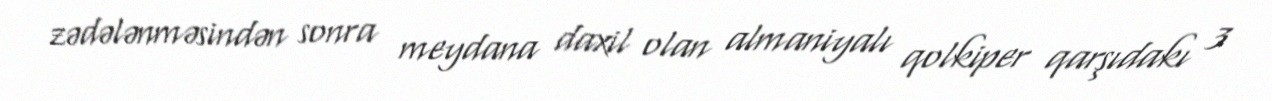
zədələnməsindən sonra meydana daxil olan almaniyalı qolkiper qarşıdakı 3